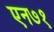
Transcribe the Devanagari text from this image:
एन७१